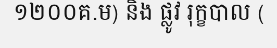
១២០០គ.ម) និង ផ្លូវ រុក្ខបាល (